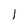
Character: 1